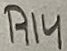
Text: R14